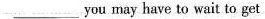
___ you may have to wait to get